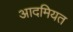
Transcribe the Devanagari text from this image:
आदमियत